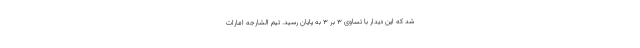
شد که این دیدار با تساوی ۳ بر ۳ به پایان رسید. تیم الشارجه امارات